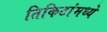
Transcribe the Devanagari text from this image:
तिकिटांमध्ये